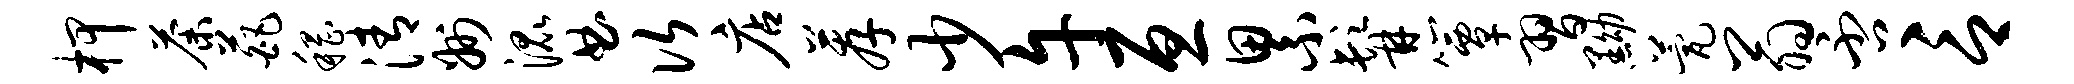
柙荼葩稽清州混曲次店荐少午亘累髯簟习黝甍翁否言